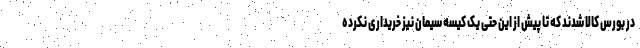
در بورس کالا شدند که تا پیش از این حتی یک کیسه سیمان نیز خریداری نکرده